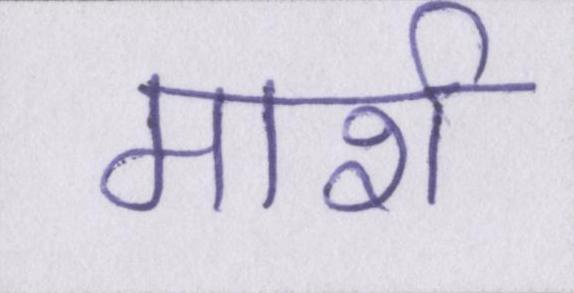
मार्श